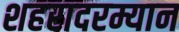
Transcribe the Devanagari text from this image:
शहरादरम्यान